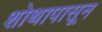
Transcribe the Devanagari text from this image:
शोथापासून